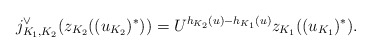
\begin{align*}j^{\vee}_{K_1,K_2}(z_{K_2}((u_{K_2})^*))=U^{h_{K_2}(u)-h_{K_1}(u)}z_{K_1}((u_{K_1})^*).\end{align*}